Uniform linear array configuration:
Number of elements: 32
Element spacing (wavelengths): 0.75
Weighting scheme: exponential
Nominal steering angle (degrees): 45
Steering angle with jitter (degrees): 44.901
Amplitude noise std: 0.05
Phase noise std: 0.05

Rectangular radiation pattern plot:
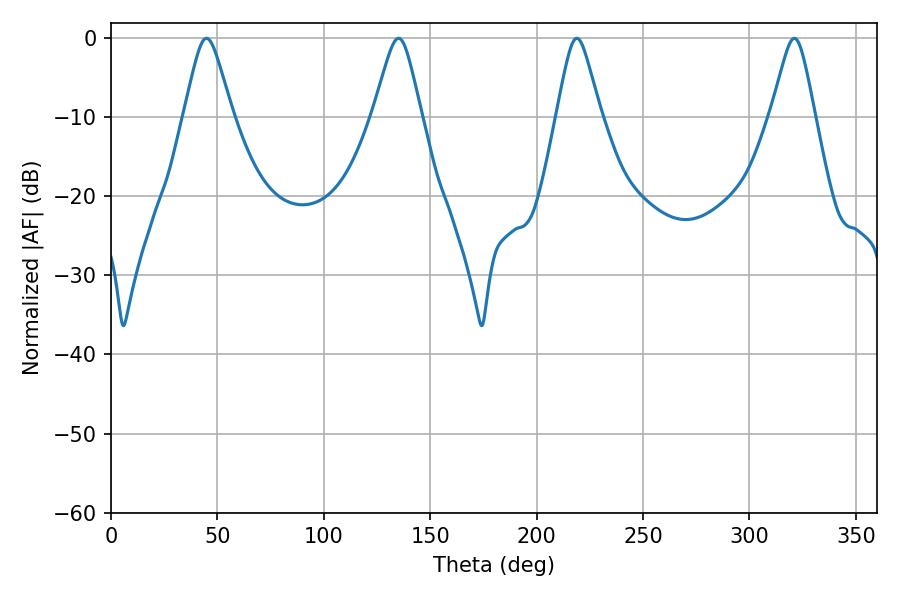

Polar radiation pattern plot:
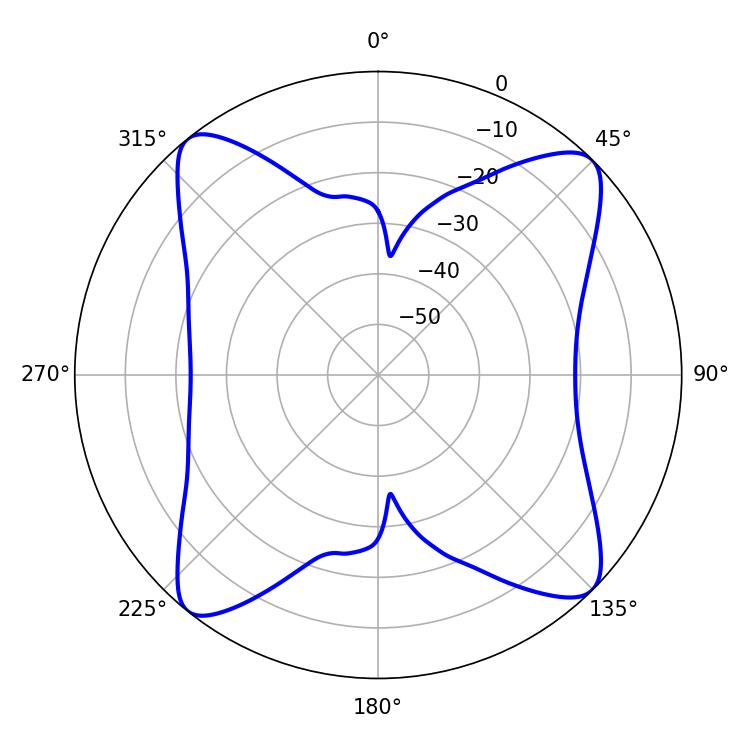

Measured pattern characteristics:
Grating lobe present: TRUE
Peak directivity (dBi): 15.174
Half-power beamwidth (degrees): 9.72
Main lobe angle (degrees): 218.88